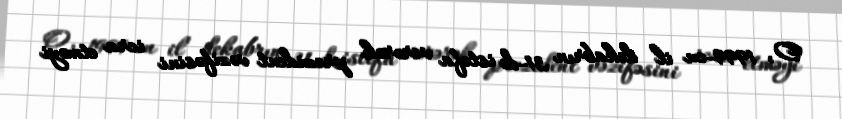
O, 1999-cu il dekabrın 31-də istefa verərək prezident vəzifəsini icra etməyi